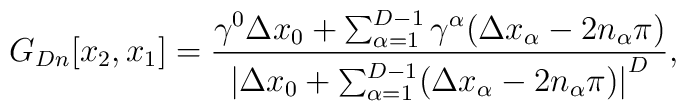
G_{Dn} [x_2,x_1] = \frac{\gamma^0 \Delta x_0 + \sum_{\alpha =1}^{D-1} \gamma^{\alpha} ( \Delta x_{\alpha} - 2n_{\alpha} \pi)}{{\vert{ \Delta x_0 + \sum_{\alpha = 1}^{D-1} ( \Delta x_{\alpha}- 2n_{\alpha} \pi)}\vert}^{D}},